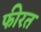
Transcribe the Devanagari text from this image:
फीरत